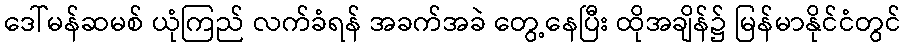
ဒေါ်မန်ဆမစ် ယုံကြည် လက်ခံရန် အခက်အခဲ တွေ့နေပြီး ထိုအချိန်၌ မြန်မာနိုင်ငံတွင်